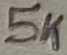
Text: 5K